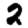
Digit: 2